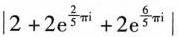
$$| 2 + 2 e ^ { \ f r a c { 2 } { 5 } π i } + 2 e ^ { \frac { 6 } { 5 } π i } |$$